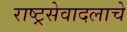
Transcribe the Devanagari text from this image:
राष्ट्रसेवादलाचे